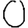
Digit: 0